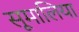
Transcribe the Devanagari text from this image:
सूमालिया